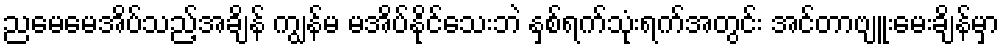
ညမေမေအိပ်သည့်အချိန် ကျွန်မ မအိပ်နိုင်သေးဘဲ နှစ်ရက်သုံးရက်အတွင်း အင်တာဗျူးမေးချိန်မှာ